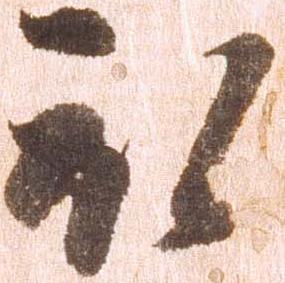
被